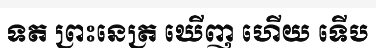
ទត ព្រះនេត្រ ឃើញ ហើយ ទើប